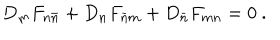
D _ { m } F _ { n \bar { n } } + D _ { n } F _ { \bar { n } m } + D _ { \bar { n } } F _ { m n } = 0 \ .